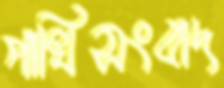
পাখিসংবাদ